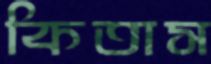
কিতাস